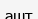
ашт